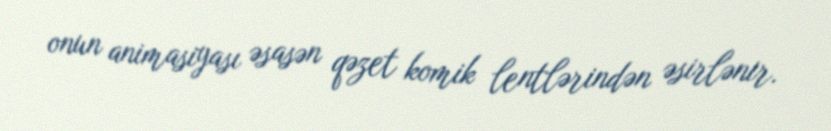
onun animasiyası əsasən qəzet komik lentlərindən əsirlənir.